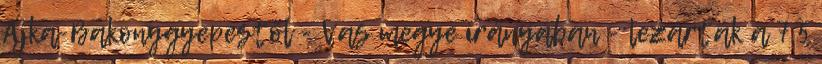
Ajka-Bakonygyepestől - Vas megye irányában - lezárták a 7,5